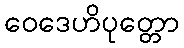
ဝေဒေဟိပုတ္တော